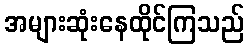
အများဆုံးနေထိုင်ကြသည်